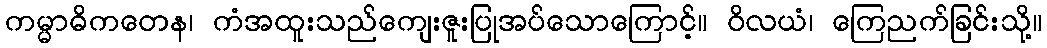
ကမ္မာဓိကတေန၊ ကံအထူးသည်ကျေးဇူးပြုအပ်သောကြောင့်။ ဝိလယံ၊ ကြေညက်ခြင်းသို့။